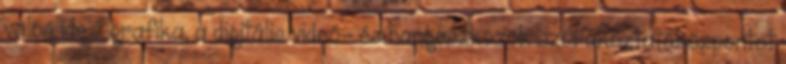
valós idejű grafika, a digitális videó- és hangeszközök szórakoztatóközpontot